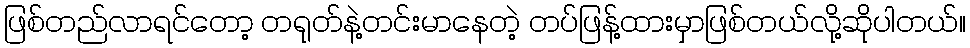
ဖြစ်တည်လာရင်တော့ တရုတ်နဲ့တင်းမာနေတဲ့ တပ်ဖြန့်ထားမှာဖြစ်တယ်လို့ဆိုပါတယ်။